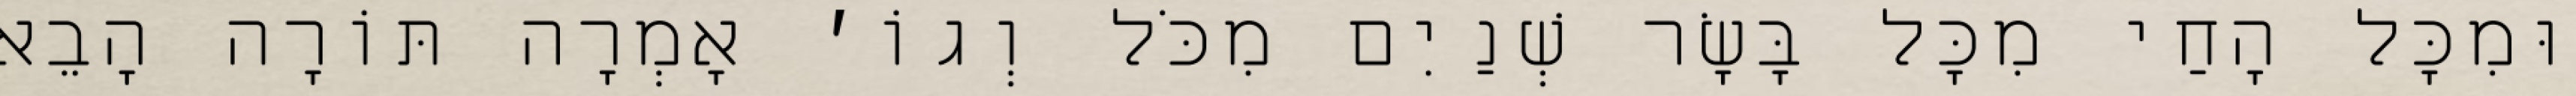
וּמִכׇּל הָחַי מִכׇּל בָּשָׂר שְׁנַיִם מִכֹּל וְגוֹ׳ אָמְרָה תּוֹרָה הָבֵא